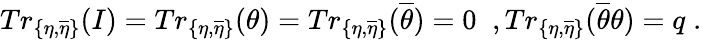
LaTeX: Tr_{\{ \eta,\overline{{{\eta}}}\} }(I)=Tr_{\{ \eta,\overline{{{\eta}}}\} }(\theta)=Tr_{\{ \eta,\overline{{{\eta}}}\} }(\overline{{{\theta}}})=0\; \; ,Tr_{\{ \eta,\overline{{{\eta}}}\} }(\overline{{{\theta}}}\theta)=q\; .